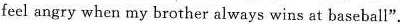
feel angry when my brother always wins at baseball".